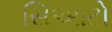
સિઆટો